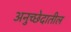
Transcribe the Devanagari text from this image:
अनुच्छेदातील